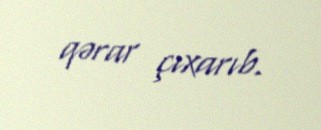
qərar çıxarıb.